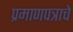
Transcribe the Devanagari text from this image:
प्रमाणपत्राचे